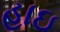
હાઇ